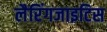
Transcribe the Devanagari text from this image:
लैरिंगजाइटिस